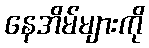
နေအိမ်များကို